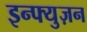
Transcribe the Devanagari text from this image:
इन्फ्युज़न